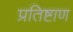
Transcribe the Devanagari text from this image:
प्रतिष्टाण